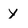
Character: y